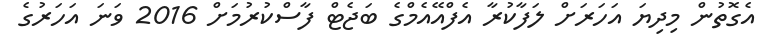
އެގޮތުން މިދިޔަ އަހަރަށް ލަފާކުރާ އެފްއޭއެމްގެ ބަޖެޓް ފާސްކުރުމަށް 2016 ވަނަ އަހަރުގެ